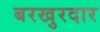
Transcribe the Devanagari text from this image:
बरखुरदार